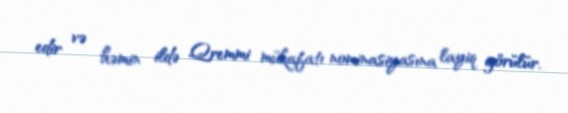
edir və həmin ildə Qremmi mükafatı nominasiyasına layiq görülür.